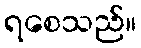
ရစေသည်။